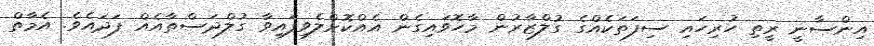
އިންސާނީ ރީތި ހުރިހައި ސިފަތަކެއްގެ ގުލްޒާރުން މާހޮވައިގެން އެއްކޮށްލެވިފައިވާ ގުލްދަސްތާއެއް ފަދައެވެ. އެމާތް